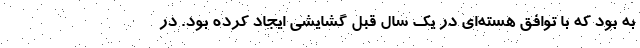
به بود که با توافق هسته‌ای در یک سال قبل گشایشی ایجاد کرده بود. در